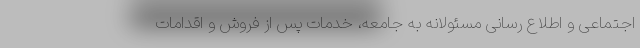
اجتماعی و اطلاع رسانی مسئولانه به جامعه، خدمات پس از فروش و اقدامات